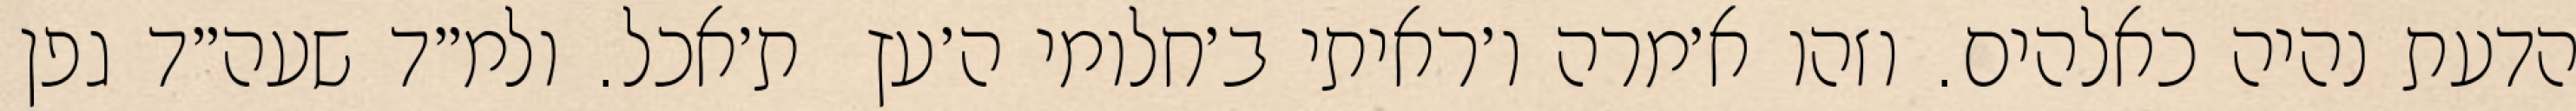
הדעת נהיה כאלהים. וזהו א׳מרה ו׳ראיתי ב׳חלומי ה׳עץ  ת׳אכל. ולמ״ד שעה״ד גפן